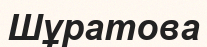
Шұратова